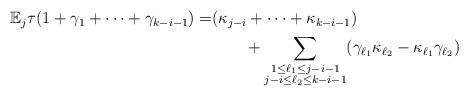
LaTeX: \begin{align*}\begin{aligned} \mathbb{E}_j\tau(1+\gamma_1+\cdots+\gamma_{k-i-1})=&(\kappa_{j-i}+\cdots+\kappa_{k-i-1})\\ &\qquad+\sum_{\begin{subarray}{c}1\le \ell_1\le j-i-1\\ j-i\le\ell_2\le k-i-1 \end{subarray}}(\gamma_{\ell_1}\kappa_{\ell_2}-\kappa_{\ell_1}\gamma_{\ell_2})\end{aligned}\end{align*}